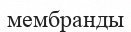
мембранды